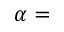
\alpha =